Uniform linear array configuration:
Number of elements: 24
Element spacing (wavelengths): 0.5
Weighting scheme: exponential
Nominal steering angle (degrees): -60
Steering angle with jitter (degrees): -59.25
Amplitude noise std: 0.05
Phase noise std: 0.05

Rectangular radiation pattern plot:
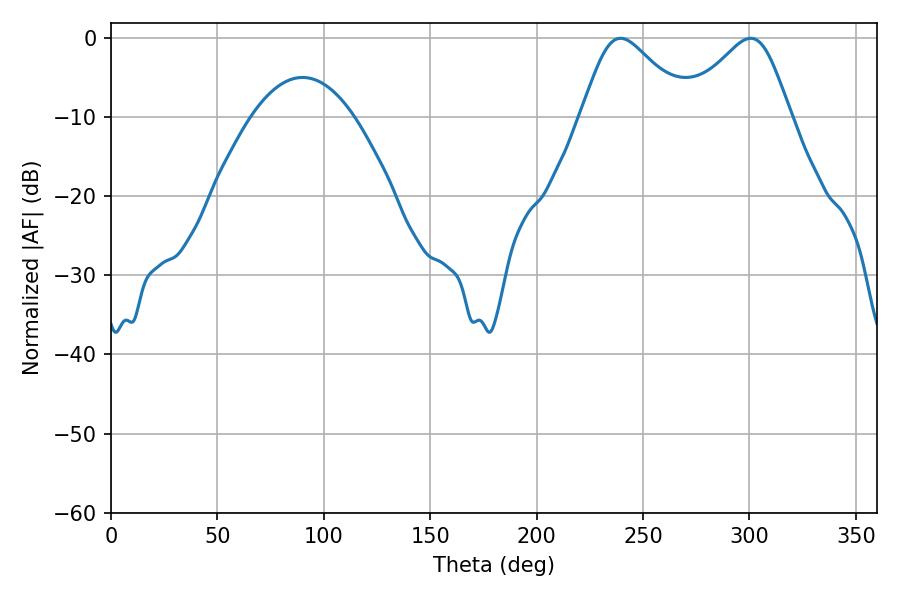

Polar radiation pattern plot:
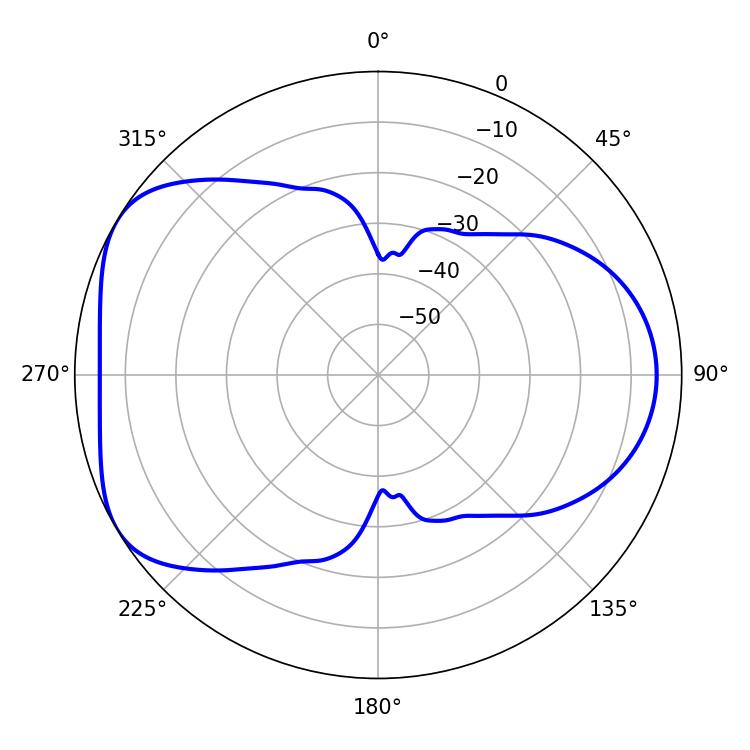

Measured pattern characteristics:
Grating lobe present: FALSE
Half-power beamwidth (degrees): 25.02
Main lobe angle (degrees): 239.4